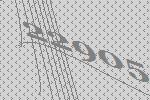
22905